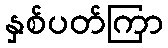
နှစ်ပတ်ကြာ